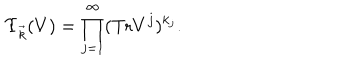
LaTeX: \Upsilon _ { \vec { k } } ( V ) = \prod _ { j = 1 } ^ { \infty } ( \mathrm { T r } V ^ { j } ) ^ { k _ { j } } .